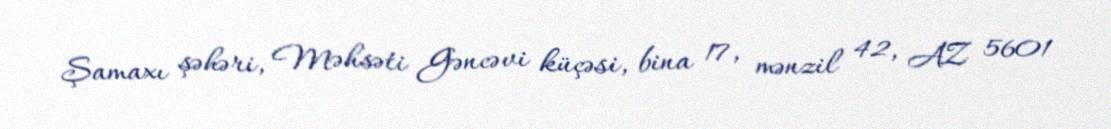
Şamaxı şəhəri, Məhsəti Gəncəvi küçəsi, bina 17, mənzil 42, AZ 5601